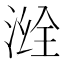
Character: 𣷒